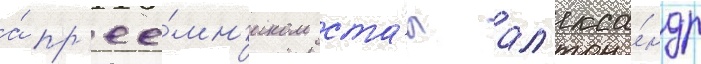
а́ пр'ее́мн'иком ста́л ал'екса́ндр